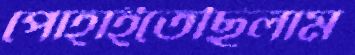
পোহাইতেছিলাম